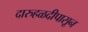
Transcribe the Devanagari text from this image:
दारुहळदीपासून